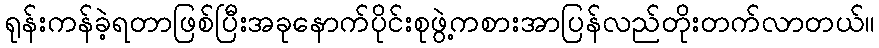
ရုန်းကန်ခဲ့ရတာဖြစ်ပြီးအခုနောက်ပိုင်းစုဖွဲ့ကစားအာပြန်လည်တိုးတက်လာတယ်။